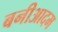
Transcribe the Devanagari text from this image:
बनीआदम